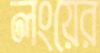
লংয়ের